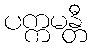
ပက္ကမန္တီ